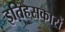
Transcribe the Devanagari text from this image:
इतिहसकारों